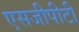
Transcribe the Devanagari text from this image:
एसजीपीटी